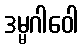
ဒမ္မဂါဝေါ